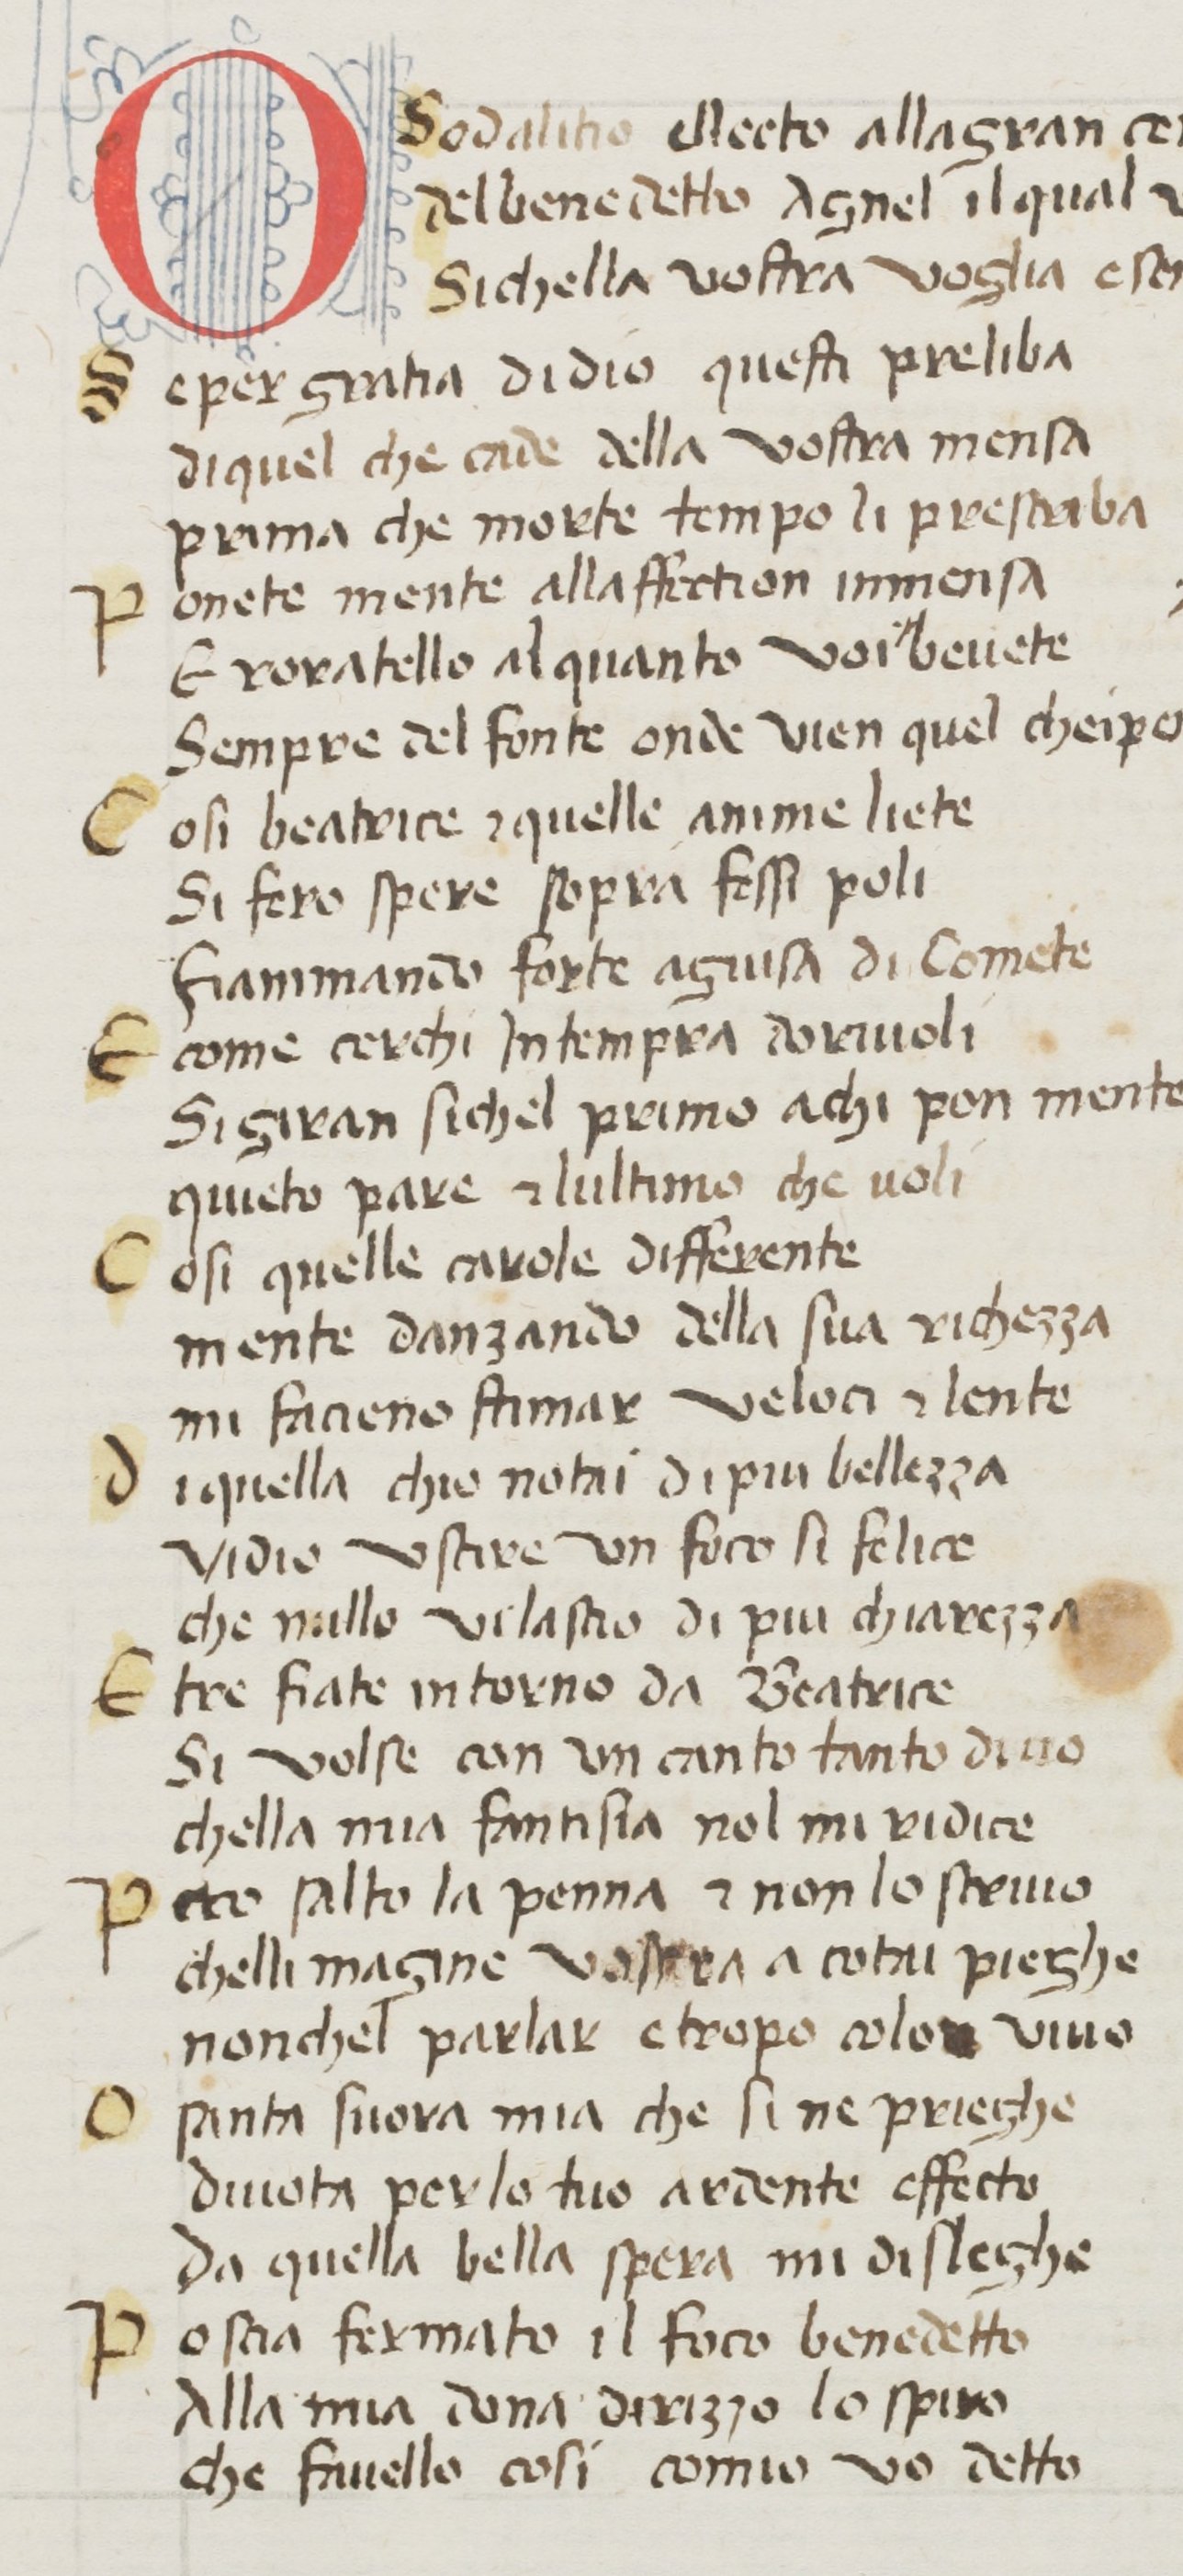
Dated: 1380–1399